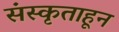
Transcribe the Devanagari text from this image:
संस्कृताहून